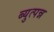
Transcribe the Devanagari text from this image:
ब्युत्पन्न